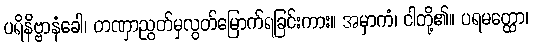
ပရိနိဗ္ဗာနံခေါ၊ တဏှာညွတ်မှလွတ်မြောက်ရခြင်းကား။ အမှာကံ၊ ငါတို့၏။ ပရမတ္ထော၊